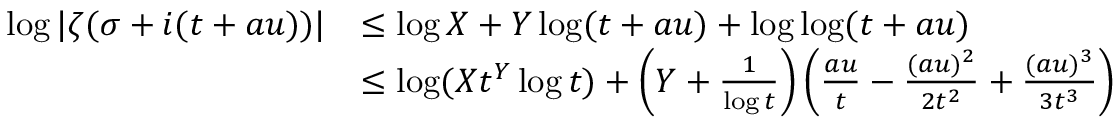
\begin{array} { r l } { \log | \zeta ( \sigma + i ( t + a u ) ) | } & { \le \log X + Y \log ( t + a u ) + \log \log ( t + a u ) } \\ & { \le \log ( X t ^ { Y } \log t ) + \left( Y + \frac { 1 } { \log t } \right) \left( \frac { a u } { t } - \frac { ( a u ) ^ { 2 } } { 2 t ^ { 2 } } + \frac { ( a u ) ^ { 3 } } { 3 t ^ { 3 } } \right) } \end{array}